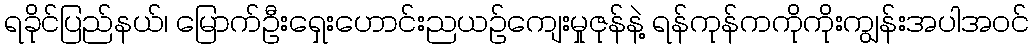
ရခိုင်ပြည်နယ်၊ မြောက်ဦးရှေးဟောင်းညယဉ်ကျေးမှုဇုန်နဲ့ ရန်ကုန်ကကိုကိုးကျွန်းအပါအဝင်